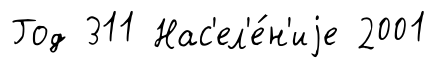
Год 311 Нас'ел'е́н'иjе 2001